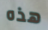
هذه